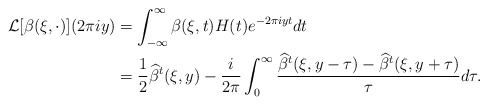
\begin{align*}\mathcal{L}[\beta(\xi,\cdot)](2\pi i y) &= \int_{-\infty}^{\infty} \beta(\xi,t)H(t) e^{-2\pi i y t}dt\\&=\frac{1}{2}\widehat{\beta}^t(\xi,y) - \frac{i}{2\pi}\int_{0}^{\infty}\frac{\widehat{\beta}^t(\xi,y-\tau)-\widehat{\beta}^t(\xi,y+\tau)}{\tau}d\tau.\end{align*}